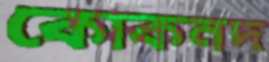
কোকনদ